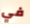
في